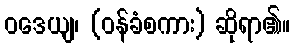
ဝဒေယျ၊ (ဝန်ခံစကား) ဆိုရာ၏။